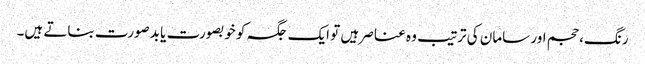
رنگ، حجم اور سامان کی ترتیب وہ عناصر ہیں تو ایک جگہ کو خوبصورت یا بدصورت بناتے ہیں۔